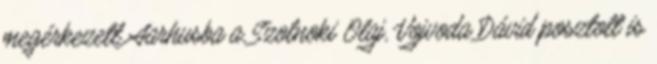
megérkezett Aarhusba a Szolnoki Olaj, Vojvoda Dávid posztolt is